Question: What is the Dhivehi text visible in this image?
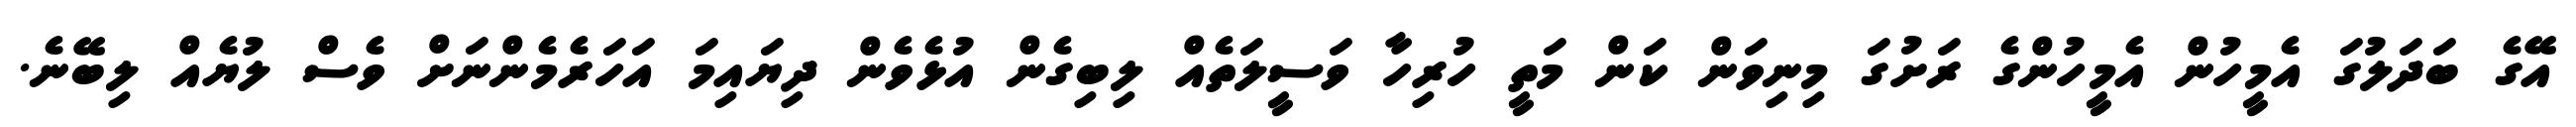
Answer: އޭގެ ބަދަލުގަ އެމީހުން އެމީހުންގެ ރަށުގަ މިނިވަން ކަން މަތީ ހުރިހާ ވަސީލަތެއް ލިބިގެން އުޅެވެން ދިޔައިމަ އަހަރެމެންނަށް ވެސް ލުޔެއް ލިބޭނެ.